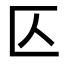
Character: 𠤭